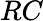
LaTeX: RC